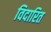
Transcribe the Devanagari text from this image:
विदारित